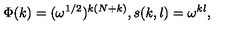
\Phi ( k ) = ( \omega ^ { 1 / 2 } ) ^ { k ( N + k ) } , s ( k , l ) = \omega ^ { k l } ,